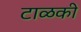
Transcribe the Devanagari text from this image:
टाळकी